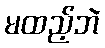
မထည့်ဘဲ